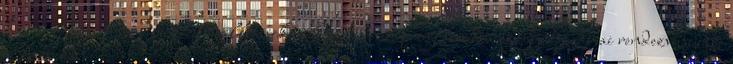
háromnapos verseny mellett kiállításokra, konferenciaprogramokra és egyéb szakmai rendezvényekre